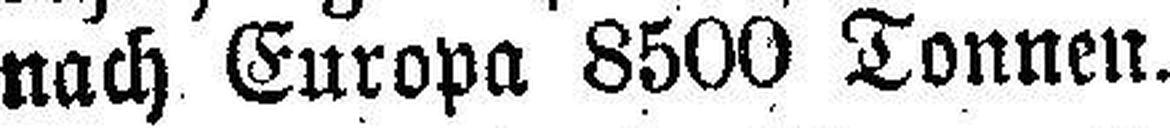
nach Europa 8500 Tonnen.